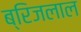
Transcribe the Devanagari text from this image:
ब्रिजलाल